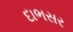
દાભસર